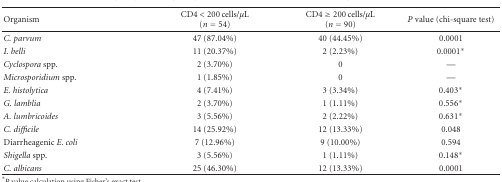
<table><thead><tr><td><b>Organism</b></td><td><b>CD4 &lt; 200 cells/<i>μ</i>L(<i>n</i> = 54)</b></td><td><b>CD4 ≥ 200 cells/<i>μ</i>L(<i>n</i> = 90)</b></td><td><b><i>P</i> value (chi-square test)</b></td></tr></thead><tbody><tr><td><i>C. parvum </i></td><td>47 (87.04%)</td><td>40 (44.45%)</td><td>0.0001</td></tr><tr><td><i>I. belli </i></td><td>11 (20.37%)</td><td>2 (2.23%)</td><td>0.0001*</td></tr><tr><td><i>Cyclospora </i>spp.</td><td>2 (3.70%)</td><td>0</td><td>—</td></tr><tr><td><i>Microsporidium </i>spp. </td><td>1 (1.85%)</td><td>0</td><td>—</td></tr><tr><td><i>E. histolytica </i></td><td>4 (7.41%)</td><td>3 (3.34%)</td><td>0.403*</td></tr><tr><td><i>G. lamblia </i></td><td>2 (3.70%)</td><td>1 (1.11%)</td><td>0.556*</td></tr><tr><td><i>A. lumbricoides </i></td><td>3 (5.56%)</td><td>2 (2.22%)</td><td>0.631*</td></tr><tr><td><i>C. difficile </i></td><td>14 (25.92%)</td><td>12 (13.33%)</td><td>0.048</td></tr><tr><td>Diarrheagenic<i> E. coli </i></td><td>7 (12.96%)</td><td>9 (10.00%)</td><td>0.594</td></tr><tr><td><i>Shigella </i>spp.</td><td>3 (5.56%)</td><td>1 (1.11%)</td><td>0.148*</td></tr><tr><td><i>C. albicans </i></td><td>25 (46.30%)</td><td>12 (13.33%)</td><td>0.0001</td></tr></tbody></table>